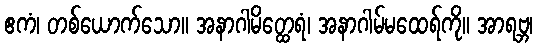
ဧကံ၊ တစ်ယောက်သော။ အနာဂါမိတ္ထေရံ၊ အနာဂါမ်မထေရ်ကို။ အာရဗ္ဘ၊